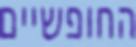
החופשיים